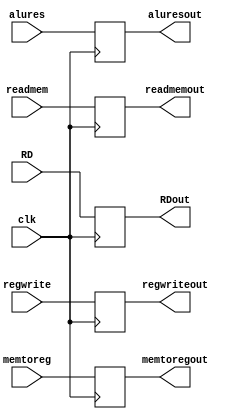
`timescale 1ns / 1ps

module MEM_WB_h(
input clk,

input regwrite, memtoreg, 

input [63:0]alures, 

input [63:0]readmem, 

input [4:0]RD, 

output reg regwriteout, memtoregout, 

output reg [63:0]aluresout, 

output reg[63:0]readmemout, 

output reg[4:0]RDout 

); 
always @(posedge clk)
begin
    regwriteout = regwrite; 

    memtoregout = memtoreg; 

    aluresout = alures; 

    readmemout = readmem; 

    RDout = RD; 
end

endmodule